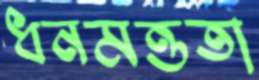
ধনমত্ততা